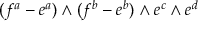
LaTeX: ( f ^ { a } - e ^ { a } ) \wedge ( f ^ { b } - e ^ { b } ) \wedge e ^ { c } \wedge e ^ { d }